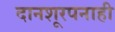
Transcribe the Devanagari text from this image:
दानशूरपनाही